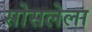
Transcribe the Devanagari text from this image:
सोसलेला